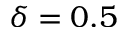
\delta = 0 . 5